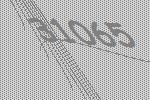
31065